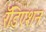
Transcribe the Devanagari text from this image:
रॅडिएशन